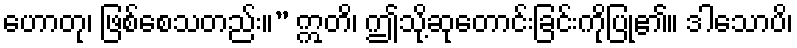
ဟောတု၊ ဖြစ်စေသတည်း။” ဣတိ၊ ဤသို့ဆုတောင်းခြင်းကိုပြု၏။ ဒါသောပိ၊